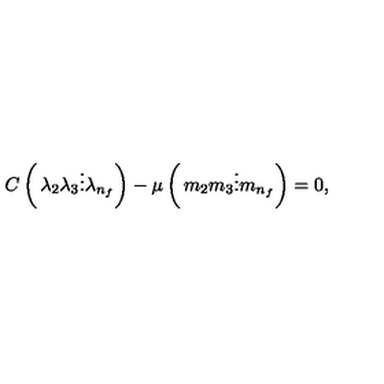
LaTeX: C \left( \begin{matrix} { \lambda _ { 2 } } \\ { \lambda _ { 3 } } \\ { \vdots } \\ { \lambda _ { n _ { f } } } \\ \end{matrix} \right) - \mu \left( \begin{matrix} { m _ { 2 } } \\ { m _ { 3 } } \\ { \vdots } \\ { m _ { n _ { f } } } \\ \end{matrix} \right) = 0 ,